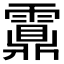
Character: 𩆆